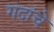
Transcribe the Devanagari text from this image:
गदांचे